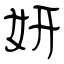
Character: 姸